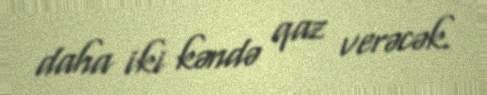
daha iki kəndə qaz verəcək.